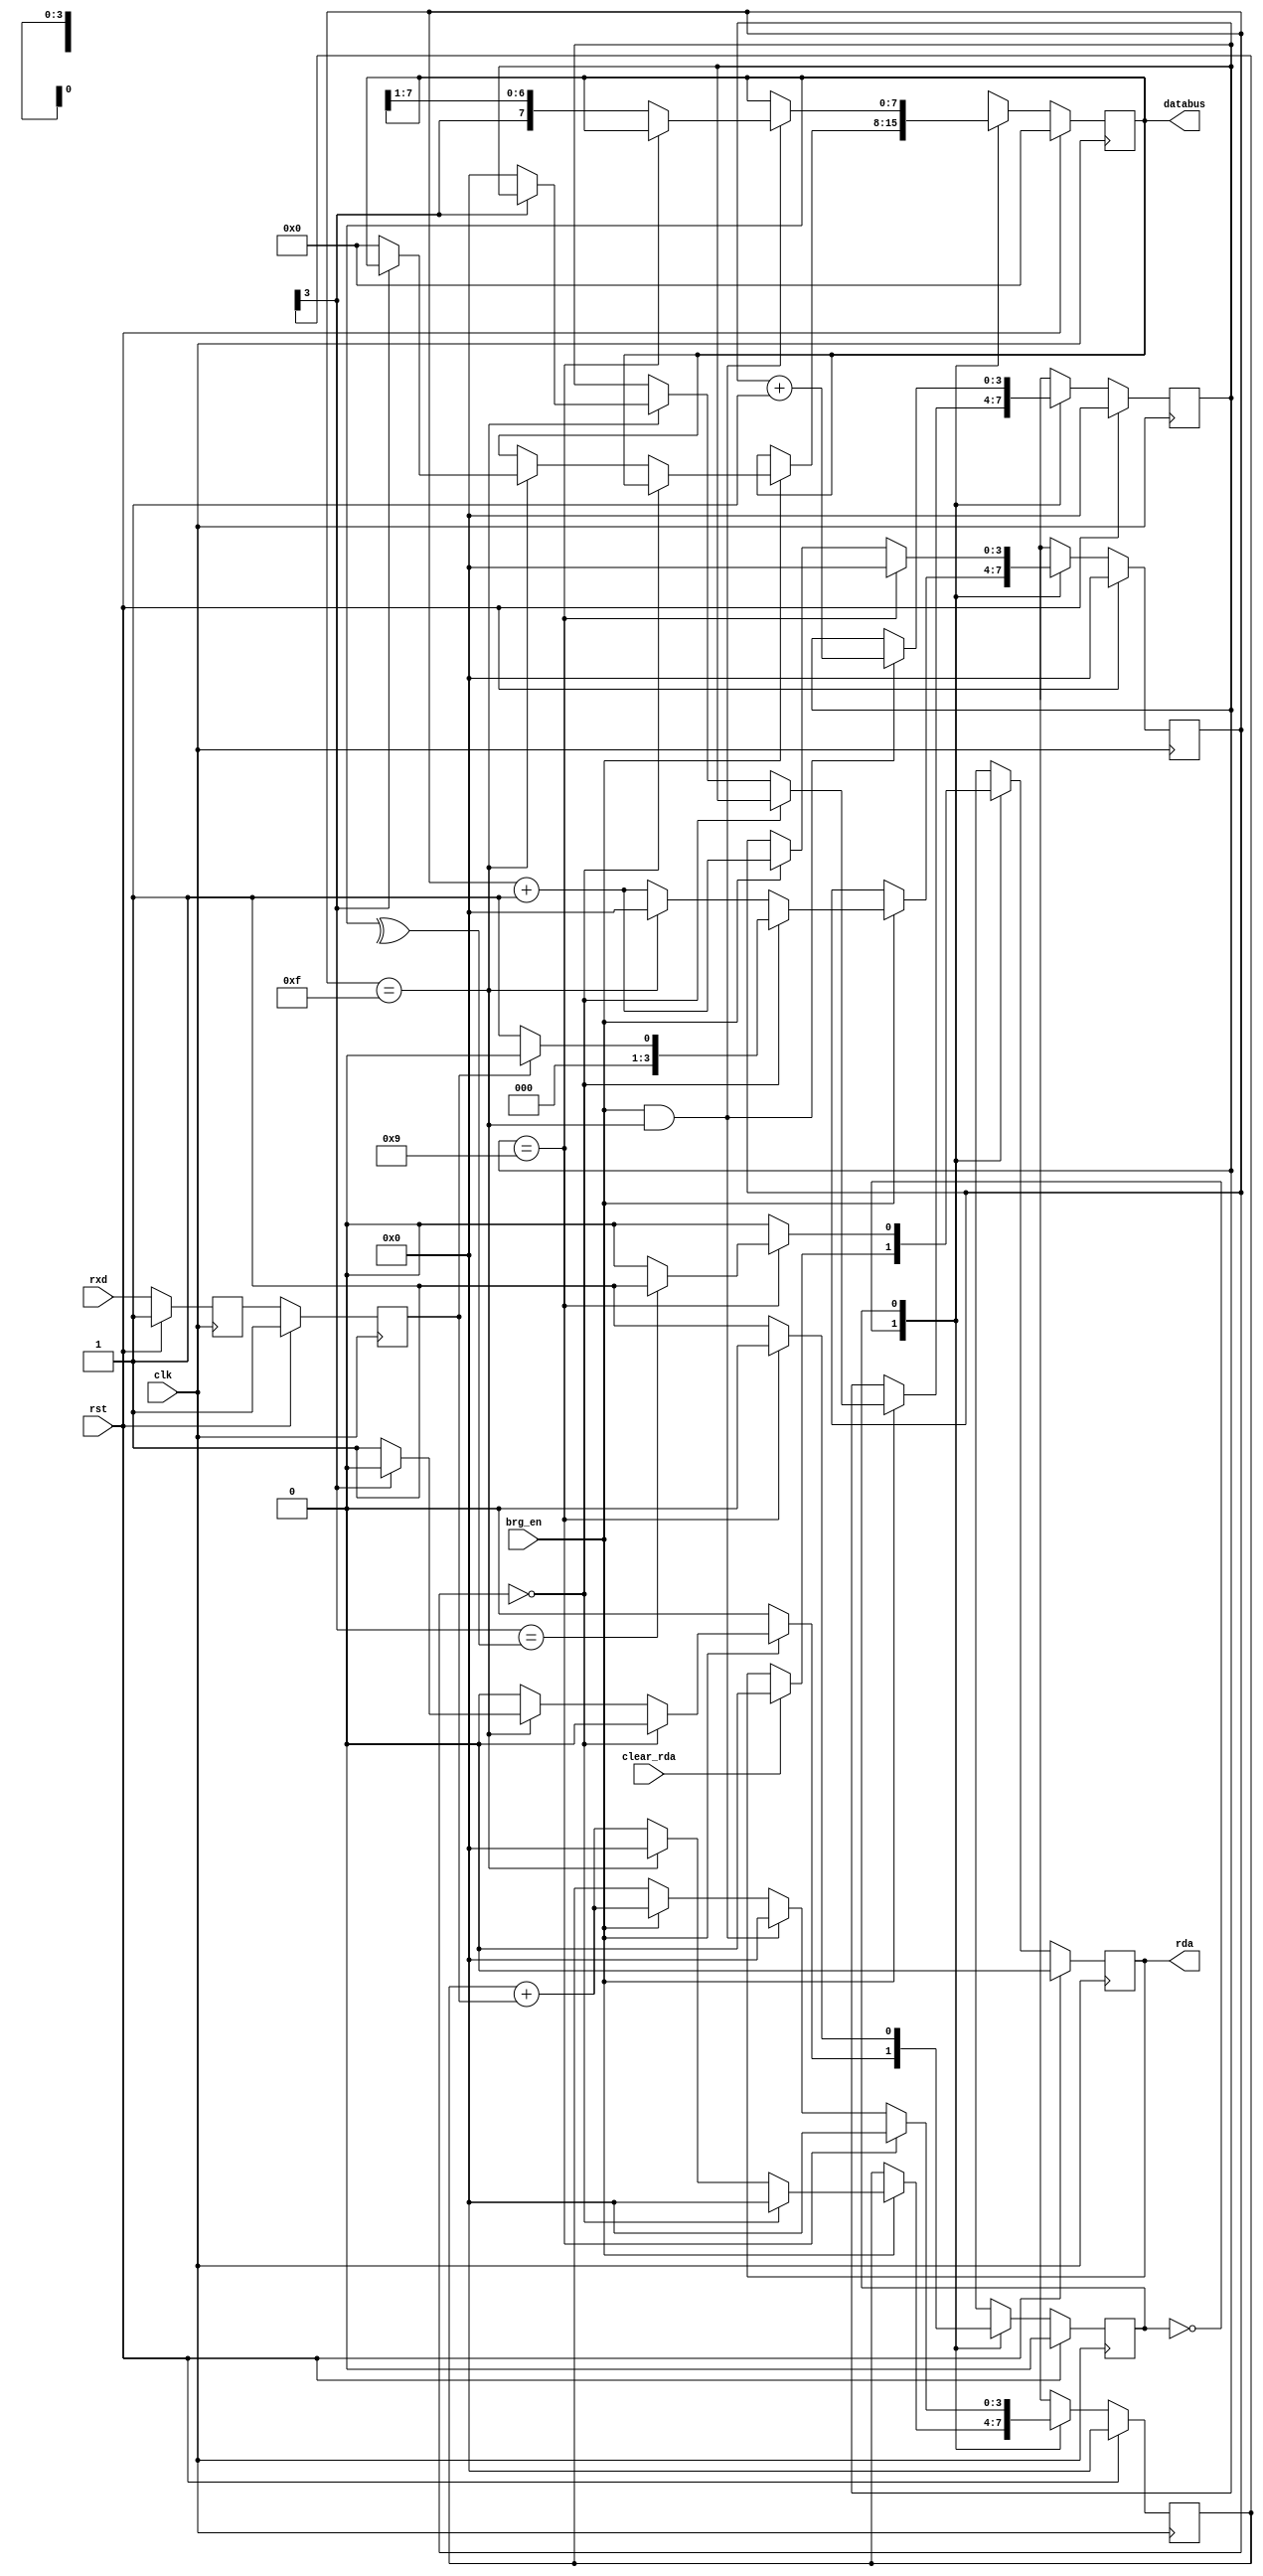
`timescale 1ns / 1ps
//////////////////////////////////////////////////////////////////////////////////
// Company: ECE 554
// 
// Create Date:   
// Design Name: SPART Miniproject
// Module Name:   rx_spart 
// Project Name: 
// Target Devices: 
// Tool versions: 
// Description: 
//
// Dependencies: 
//
// Revision: 
// Revision 0.01 - File Created
// Additional Comments: 
//
//////////////////////////////////////////////////////////////////////////////////

module rx_spart_parity(
	output reg rda,
	input clk,rst,
	input brg_en,// 1/16th of a baud
	input rxd, // the Asynchronous input rxd signal
	input clear_rda,
	output [7:0] databus) ;


	localparam IDLE = 1'b0; //this state continuously samples the line looking for a start bit
	localparam RECIEVING = 1'b1;

	reg state, state_next;

	//count to 8 bits
	reg [3:0] rx_count, rx_count_next;
	reg [3:0] sample_count, sample_count_next;
	reg [3:0] sample_accum,sample_accum_next;
	reg [7:0] rx_shift_reg,rx_shift_reg_next;

	reg rda_next;
	reg rxd_sync,rxd_flop1;

	always @(posedge clk) begin
		if(rst == 1'b1) begin
			rx_shift_reg <= 8'd0;
			state <= 1'b0;
			rx_count <= 4'h0;
			sample_count <= 4'h0;
			sample_accum <= 4'h0;
			rxd_flop1 <= 1'b1;
			rxd_sync <= 1'b1;
			rda <= 1'b0;
		end
		else begin
			rx_shift_reg <= rx_shift_reg_next;
			state <= state_next;
			rx_count <= rx_count_next;
			sample_count <= sample_count_next;
			sample_accum <= sample_accum_next;
			rda <= rda_next;

			//synchronize the rxd line
			//double flop it.
			rxd_flop1 <= rxd;
			rxd_sync <= rxd_flop1;	
			
		end
	end


	always @(*) begin
		//defaults
		sample_accum_next = sample_accum;
		rx_shift_reg_next = rx_shift_reg;
		rx_count_next = rx_count;
		rda_next = rda;
		sample_count_next = sample_count;

		case (state) 
		IDLE: begin
			state_next = IDLE;
			if (clear_rda)
				rda_next = 1'b0;
			if (brg_en) begin
				//Sample the bit. If we haven't detected a negedge, don't accumulate
				if (sample_count == 4'h0) begin
					// Have NOT begun accumulating
					if (rxd_sync == 1'b0) begin
						// MIGHT have found START bit... begin accum
						sample_count_next = 4'h1;
						state_next = IDLE;
						sample_accum_next = 4'h0;
					end
					else begin
						// NO start bit yet...
						sample_count_next = 4'h0;
						state_next = IDLE;
						sample_accum_next = 4'h0;
					end
				end
				else if (sample_count == 4'hF) begin
					sample_accum_next = 4'h0;
					sample_count_next = 4'h0;

					if (sample_accum[3] == 1'b0) begin
						state_next= RECIEVING;
						rx_shift_reg_next = 8'h00;
						rx_count_next = 4'h0;
					end
					else 
						state_next = IDLE;
				end
				
				else begin
					// ACCUMULATE
					sample_count_next = sample_count + 1;
					//sample rxd 16 times/digit, and avg (take MSb)
					sample_accum_next = sample_accum + rxd_sync;
					state_next = IDLE;
				end
			end
		end
		RECIEVING: begin
			rda_next = 1'b0; //byte not ready 

			if (brg_en) begin
				//sample rxd 16 times/digit, and avg (take MSb)
				sample_accum_next = sample_accum + rxd_sync;						
				sample_count_next = sample_count + 1;
			end

			if(brg_en && sample_count == 4'hf) begin
				//acquired a digit - if accum[3] is 1, 1 is majority
				//			else, 0 is majority
				if (rx_count == 4'd9) begin
					// This is the PARITY bit
					// DO NOTHING
				end
				else begin
					//shift it into the rx_shift_reg
					rx_shift_reg_next = {sample_accum[3],rx_shift_reg[7:1]};
				end

				sample_accum_next = 4'h0;
				rx_count_next = rx_count + 1;
			end
				
			if (rx_count == 4'd9)begin
				//have all of our bits
				state_next = IDLE;
				sample_accum_next = 4'h0;
				sample_count_next = 4'h0;

				// Check the parity
				if (sample_accum[3] == (^rx_shift_reg[7:0]))
					rda_next = 1'b1;
				else	// invalid parity... don't accept the data
					rda_next = 1'b0;
			end
			else begin
				//keep sampling and shifting bits in
				state_next = RECIEVING;
			end

		end//RECIEVING
		endcase
	end
	assign databus = rx_shift_reg;
endmodule